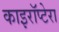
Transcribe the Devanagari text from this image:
काइरॉप्टेरा